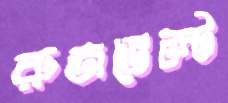
রুজভেল্ট